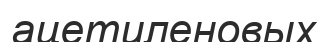
ацетиленовых